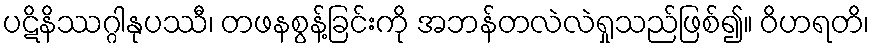
ပဋိနိဿဂ္ဂါနုပဿီ၊ တဖနစွန့်ခြင်းကို အဘန်တလဲလဲရှုသည်ဖြစ်၍။ ဝိဟရတိ၊